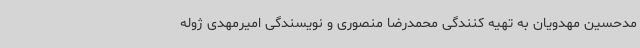
مدحسین مهدویان به تهیه کنندگی محمدرضا منصوری و نویسندگی امیرمهدی ژوله